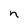
Character: n